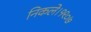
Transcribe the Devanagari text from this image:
निकले।१९०७